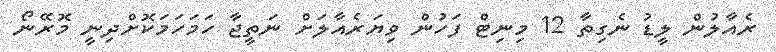
ރެއާލުން ލީޑު ނެގިތާ 12 މިނިޓް ފަހުން ވިޔަރެއާލަށް ނަތީޖާ ހަމަހަމަކޮށްދިނީ މޮރޭނޯ